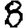
Digit: 8